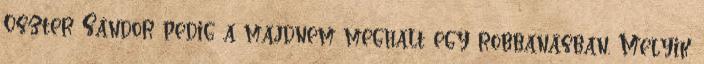
Oszter Sándor pedig a majdnem meghalt egy robbanásban. Melyik